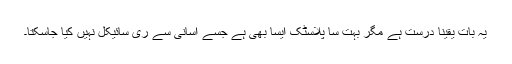
یہ بات یقینا درست ہے مگر بہت سا پلاسٹک ایسا بھی ہے جسے آسانی سے ری سائیکل نہیں کیا جاسکتا۔